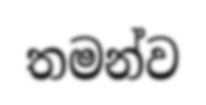
තමන්ව